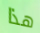
هذا